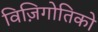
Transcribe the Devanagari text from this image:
विज़िगोतिको